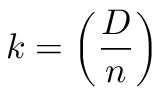
k = \left( { \frac { D } { n } } \right)